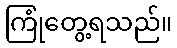
ကြုံတွေ့ရသည်။